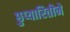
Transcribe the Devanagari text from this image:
छुप्यारितीने